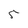
Character: 5